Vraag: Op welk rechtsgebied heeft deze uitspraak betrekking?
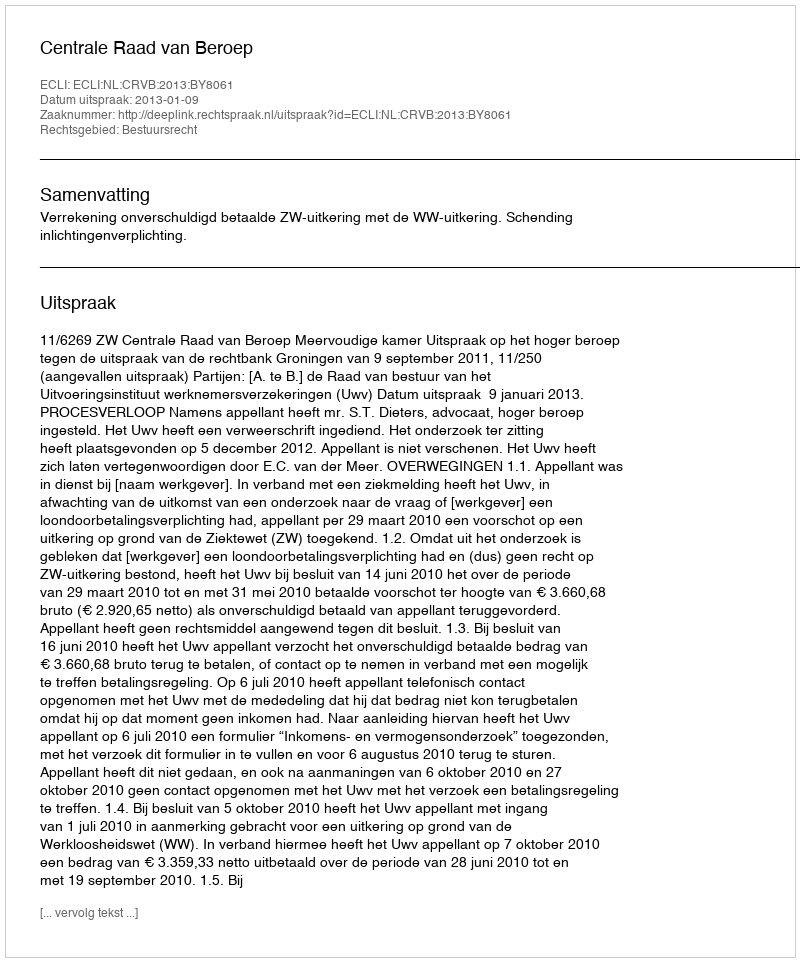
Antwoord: Bestuursrecht